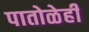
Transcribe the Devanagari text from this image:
पातोळेही